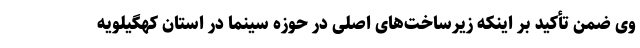
وی ضمن تأکید بر اینکه زیرساخت‌های اصلی در حوزه سینما در استان کهگیلویه